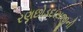
રણછોડદાસજીની